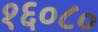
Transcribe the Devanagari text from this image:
१६०८०